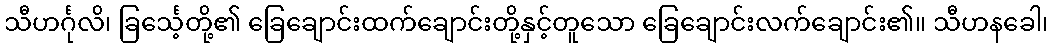
သီဟင်္ဂုလိ၊ ခြင်္သေ့တို့၏ ခြေချောင်းထက်ချောင်းတို့နှင့်တူသော ခြေချောင်းလက်ချောင်း၏။ သီဟနခေါ၊